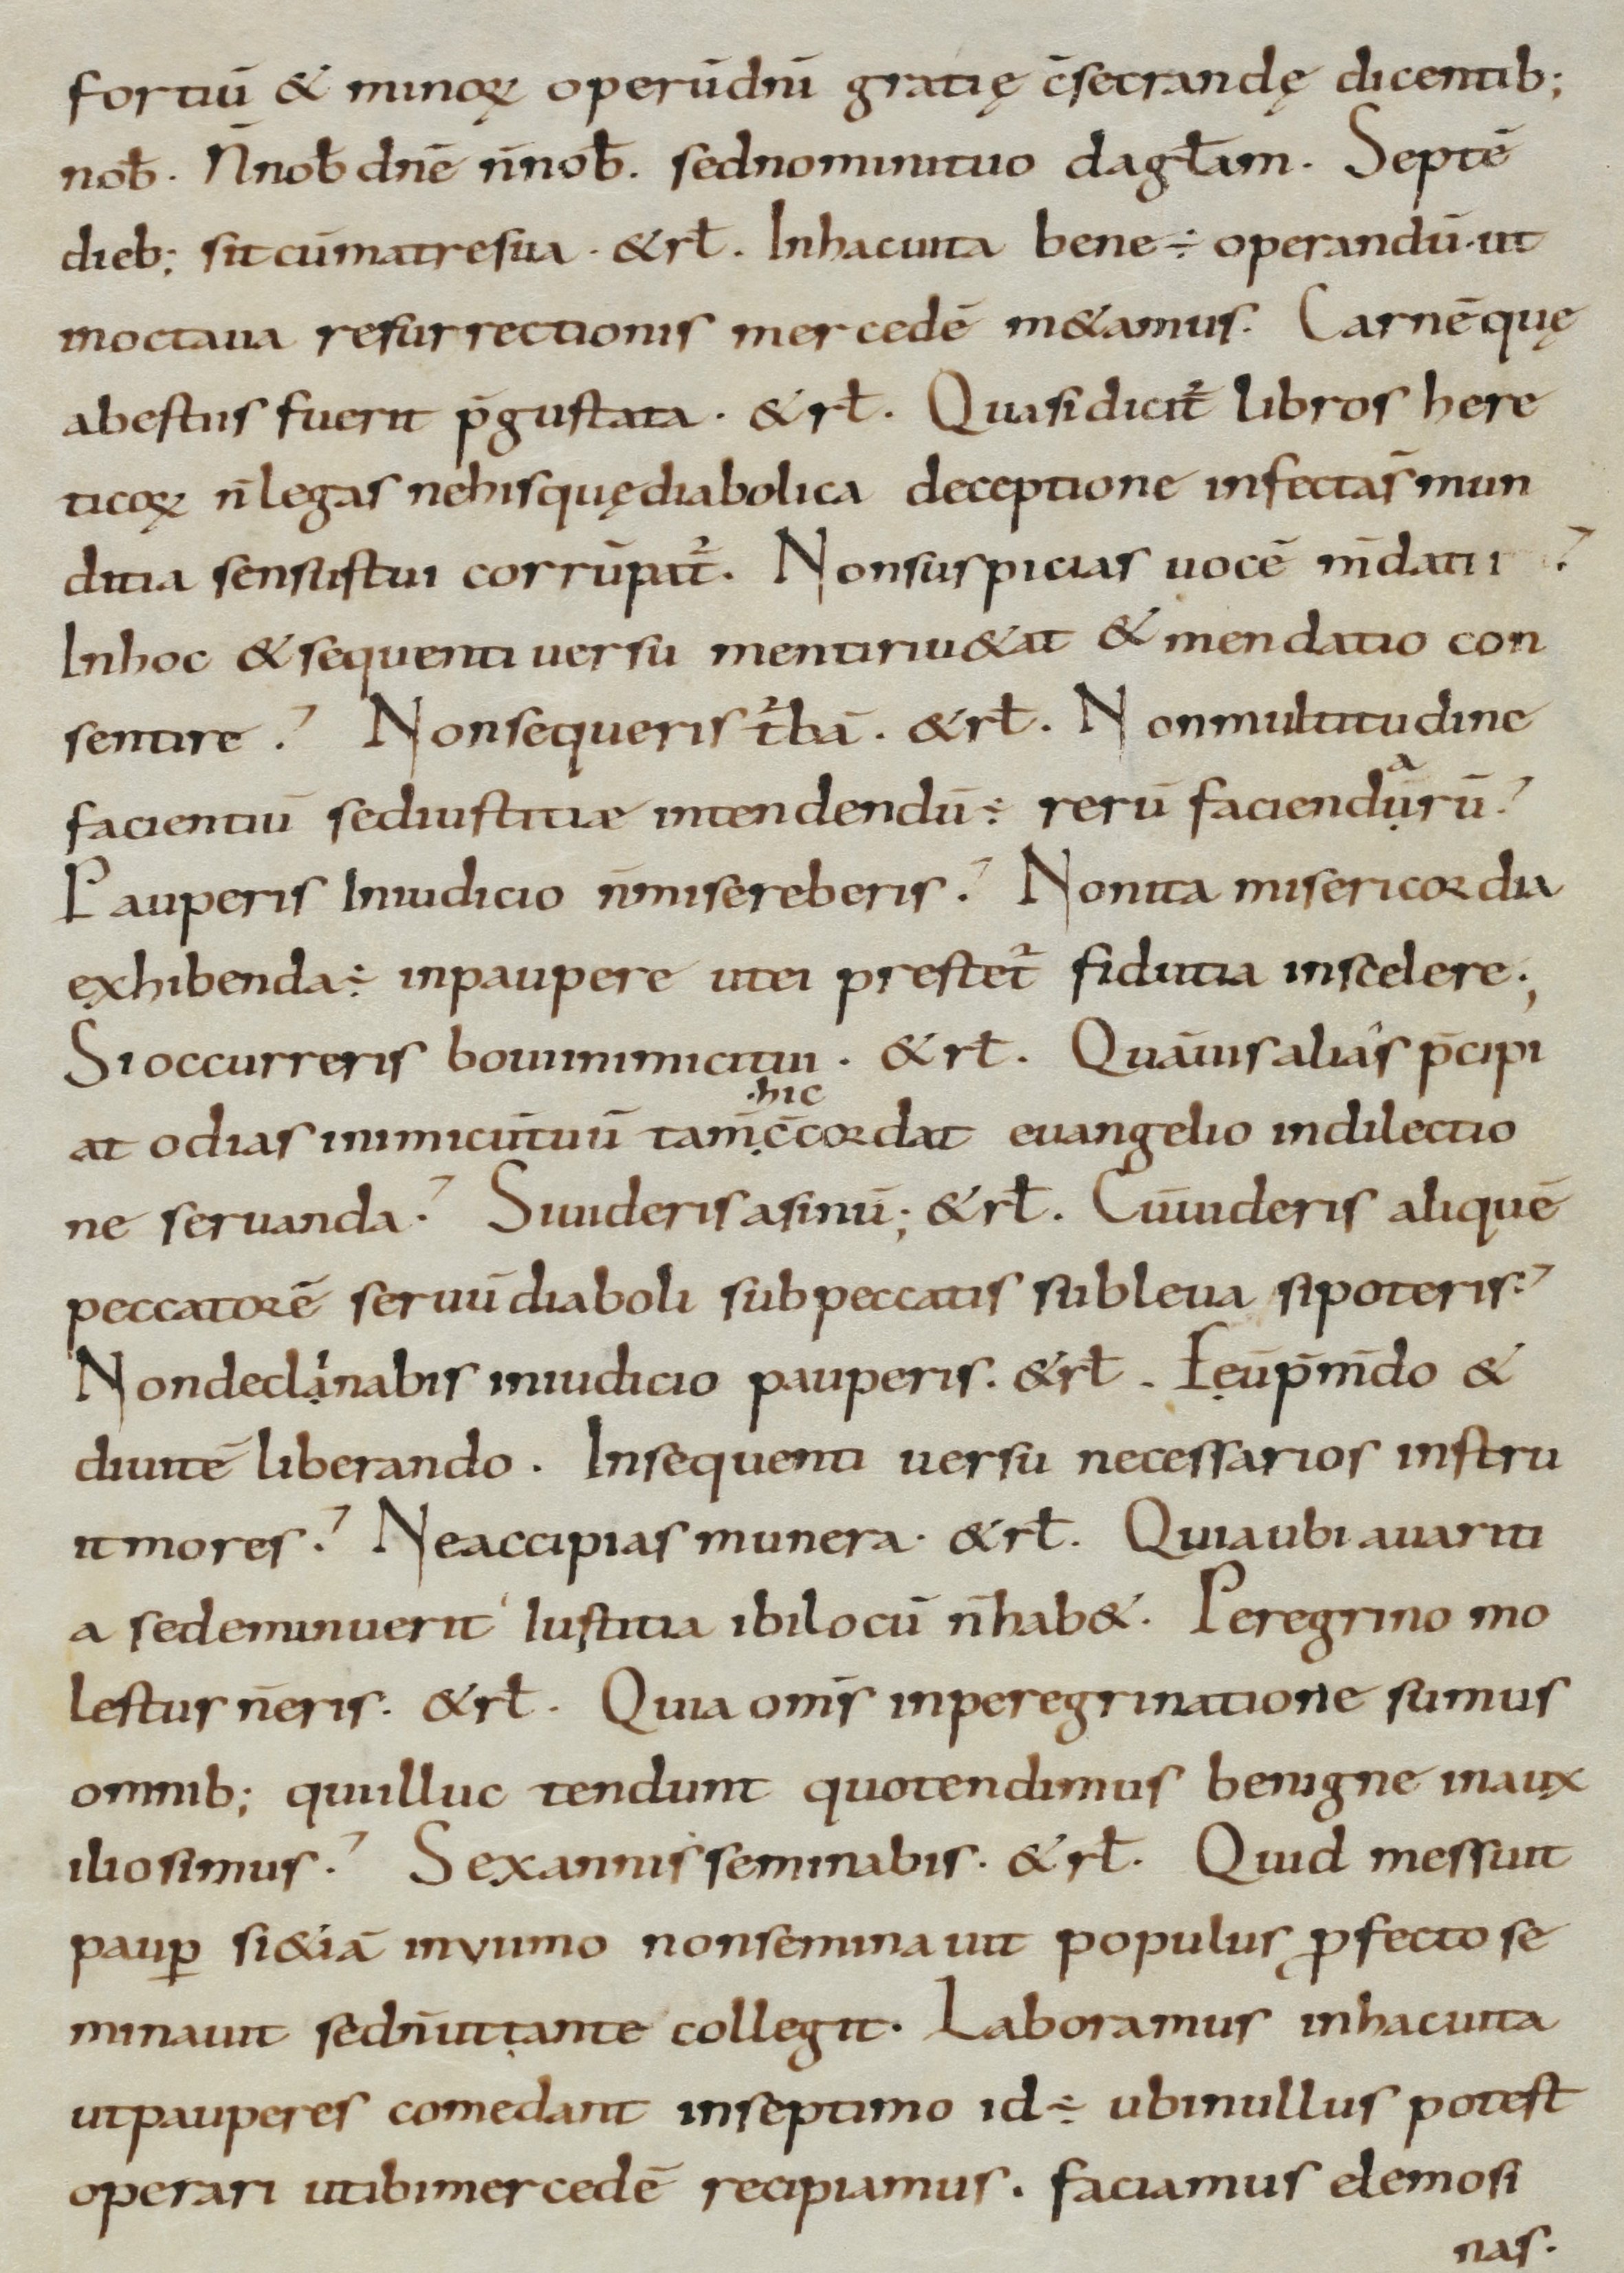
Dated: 800–899